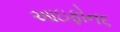
આઇફોન૬